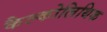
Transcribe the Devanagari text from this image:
कैल्कोलिथिक